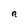
Character: R